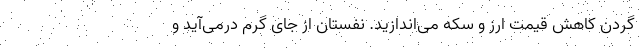
گردن کاهش قیمت ارز و سکه می‌اندازید. نفستان از جای گرم درمی‌آید و